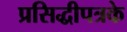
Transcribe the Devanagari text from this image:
प्रसिद्धीपत्रके